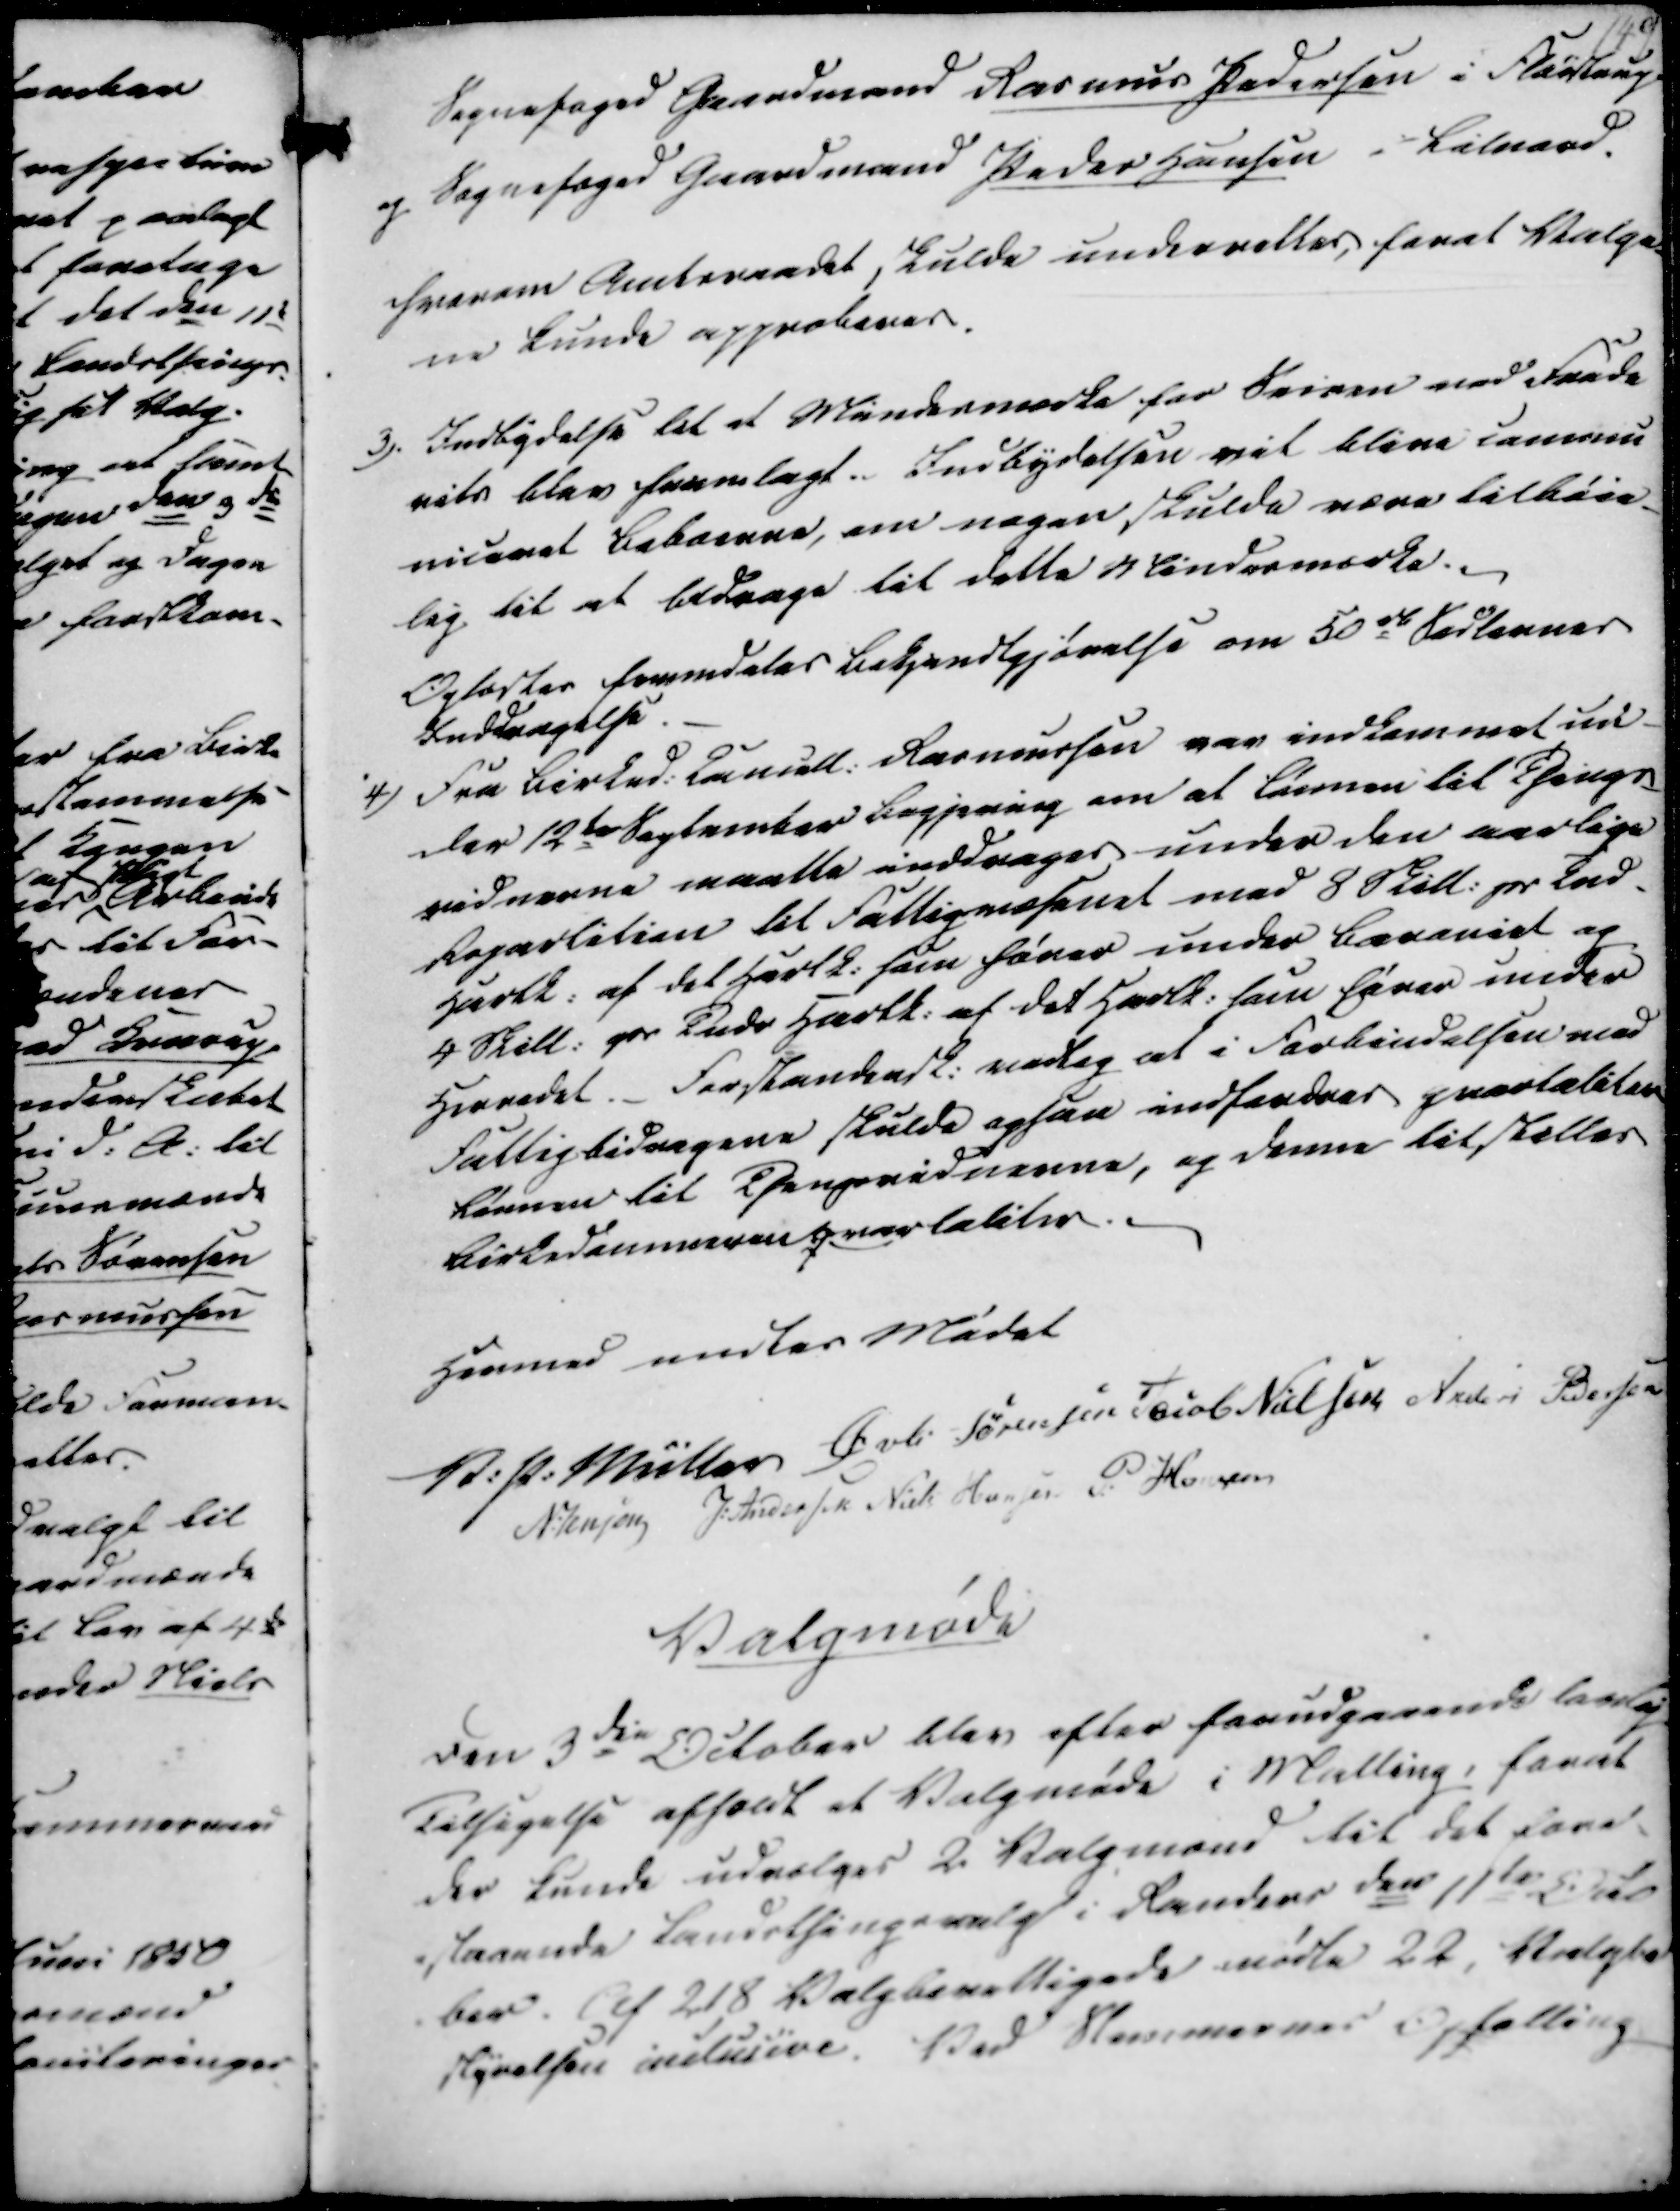
Transskription:
Sognefoged Gaardmand Rasmus Pedersen i Fløistrup
og Sognefoged Gaardmand Peder Hansen i Lilnord.
hvorom Amtsraadet skulde underrettes, forat Valge
ne kunde approberes.

3). Indbydelse til et Mindesmærke for Seiren ved Faade
vits blev fremlagt. Indbydelsen vil blive commu-
niceret Beboerne, om nogen skulde være tilbøie-
lig til at bidrage til dette Mindesmærke.
Oplæstes fremdeles Bekjendtgjørelse om 50 rd Sedlerner
Inddragelse.
4) Fra Birked. Cancell. Rasmussen var indkommet ud-
der 12te September Begjering om at Lønnen til Things-
vidnerne maatte inddrages under den aarlige
Repartition til Fattigvæsenet med 8 Skill. pr Tnd.
Hartk. af det Hartk. som haves under Baraniet og
4 Skill. pr Tndr Hartk. af det Hartk. som hører under
Herredet. Forstandersk. vedtog at i Forbindelsen med
Fattigbidragene skulde ogsaa indfordres qvartaliter
Lønnen til Thengsvidnerne, og denne tilstilles
Birkedommeren qvartaliter

Hermed endtes Mødet
V. P. Müller
Øvli Sørensen
Jacob Nielsen
Anders Pedersen
N. Jensen
J. Andersen
Niels Hansen
P. Hansen

Valgmøde
Den 3die October blev efter forudgaaende lovlig
Tilsigelse afholdt et Valgmøde i Malling, forat
der kunde udvælges 2 Valgmænd til det fore-
-staaende Landsthingsvalg i Randers den 11te Octo
ber. Af 218 Valgberettigede mødte 22, Valgbe
styrelsen inclusive. Ved Stemmernes Optælling